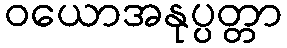
ဝယောအနုပ္ပတ္တာ